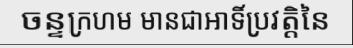
ចន្ទក្រហម មានជាអាទិ៍ប្រវត្តិនៃ